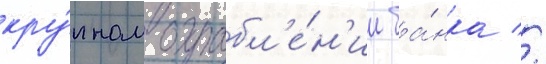
кру́пном ограбл'е́н'ии ба́нка //